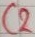
Text: C2